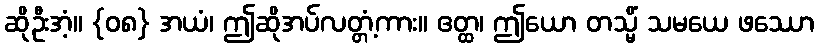
ဆိုဦးအံ့။ {၀၈} အယံ၊ ဤဆိုအပ်လတ္တံ့ကား။ ဧတ္ထ၊ ဤယော တသ္မိံ သမယေ ဖဿော